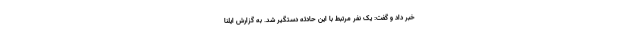
خبر داد و گفت: یک نفر مرتبط با این حادثه دستگیر شد. به گزارش ایلنا